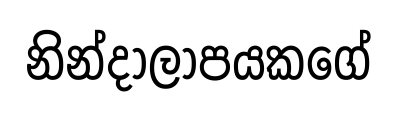
නින්දාලාපයකගේ